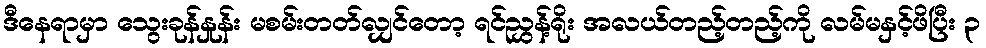
ဒီနေရာမှာ သွေးခုန်နှုန်း မစမ်းတတ်လျှင်တော့ ရင်ညွှန့်ရိုး အလယ်တည့်တည့်ကို လမ်မနှင့်ဖိပြီး ၃